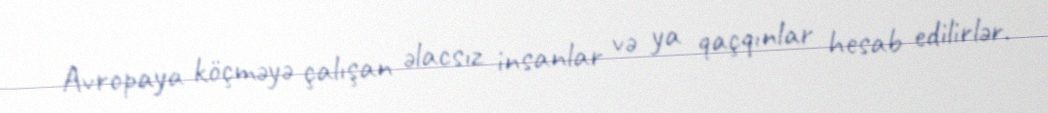
Avropaya köçməyə çalışan əlacsız insanlar və ya qaçqınlar hesab edilirlər.